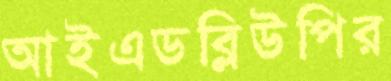
আইএডব্লিউপির